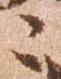
々